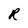
Character: R